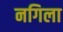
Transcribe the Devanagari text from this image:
नगिला